Leaving Certificate Examination, 1920, 1920
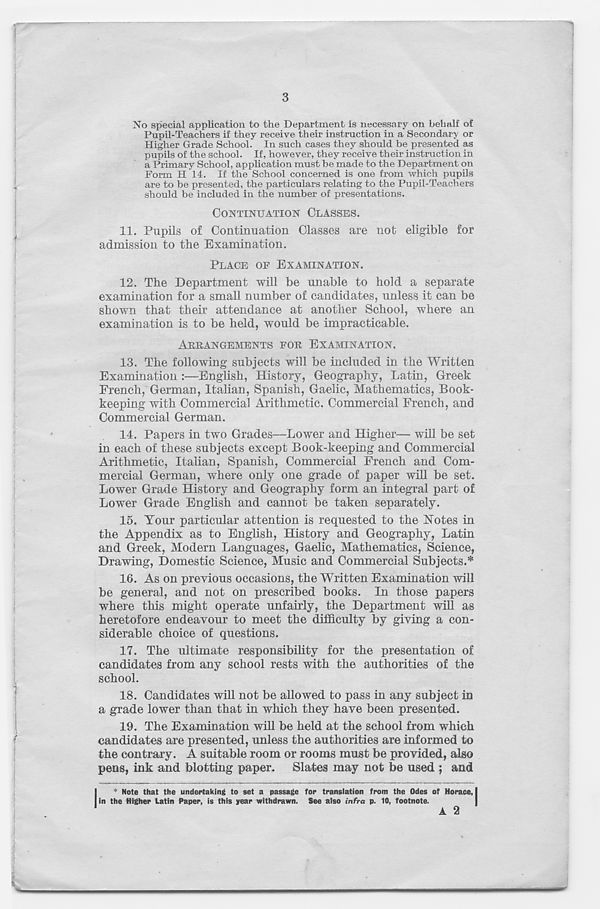
3
No special application to the Department is necessary on behalf of
Pupil-Teachers if they receive their instruction in a Secondary or
Higher Grade School. In such cases they should be presented as
pupils of the school. If, however, they receive their instruction in
a Primary School, application must be made to the Department on
Form H 14. If the School concerned is one from which pupils
are to be presented, the particulars relating to the Pupil-Teachers
should be included in the number of presentations.
CONTINUATION CLASSES.
11. Pupils of Continuation Classes are not eligible for
admission to the Examination.
PLACE OF EXAMINATION.
12. The Department will be unable to hold a separate
examination for a small number of candidates, unless it can be
shown that their attendance at another School, where an
examination is to be held, would be impracticable.
ARRANGEMENTS FOR EXAMINATION.
13. The following subjects will be included in the Written
Examination :—English, History, Geography, Latin, Greek
French, German, Italian, Spanish, Gaelic, Mathematics, Book-
keeping with Commercial Arithmetic. Commercial French, and
Commercial German.
14. Papers in two Grades—Lower and Higher— will be set
in each of these subjects except Book-keeping and Commercial
Arithmetic, Italian, Spanish, Commercial French and Com-
mercial German, where only one grade of paper will be set.
Lower Grade History and Geography form an integral part of
Lower Grade English and cannot be taken separately.
15. Your particular attention is requested to the FTotes in
the Appendix as to English, History and Geography, Latin
and Greek, Modern Languages, Gaelic, Mathematics, Science,
Drawing, Domestic Science, Music and Commercial Subjects.*
16. As on previous occasions, the Written Examination will
be general, and not on prescribed books. In those papers
where this might operate unfairly, the Department will as
heretofore endeavour to meet the difficulty by giving a con-
siderable choice of questions.
17. The ultimate responsibility for the presentation of
candidates from any school rests with the authorities of the
school.
18. Candidates will not be allowed to pass in any subject in
a grade lower than that in which they have been presented.
19. The Examination will be held at the school from which
candidates are presented, unless the authorities are informed to
the contrary. A suitable room or rooms must be provided, also
pens, ink and blotting paper. Slates may not be used ; and
I * Note that the undertaking to set a passage for translation from the Odes of Horace, I
in the Higher Latin Paper, is this year withdrawn. See also infra p. 10, footnote.
A 2